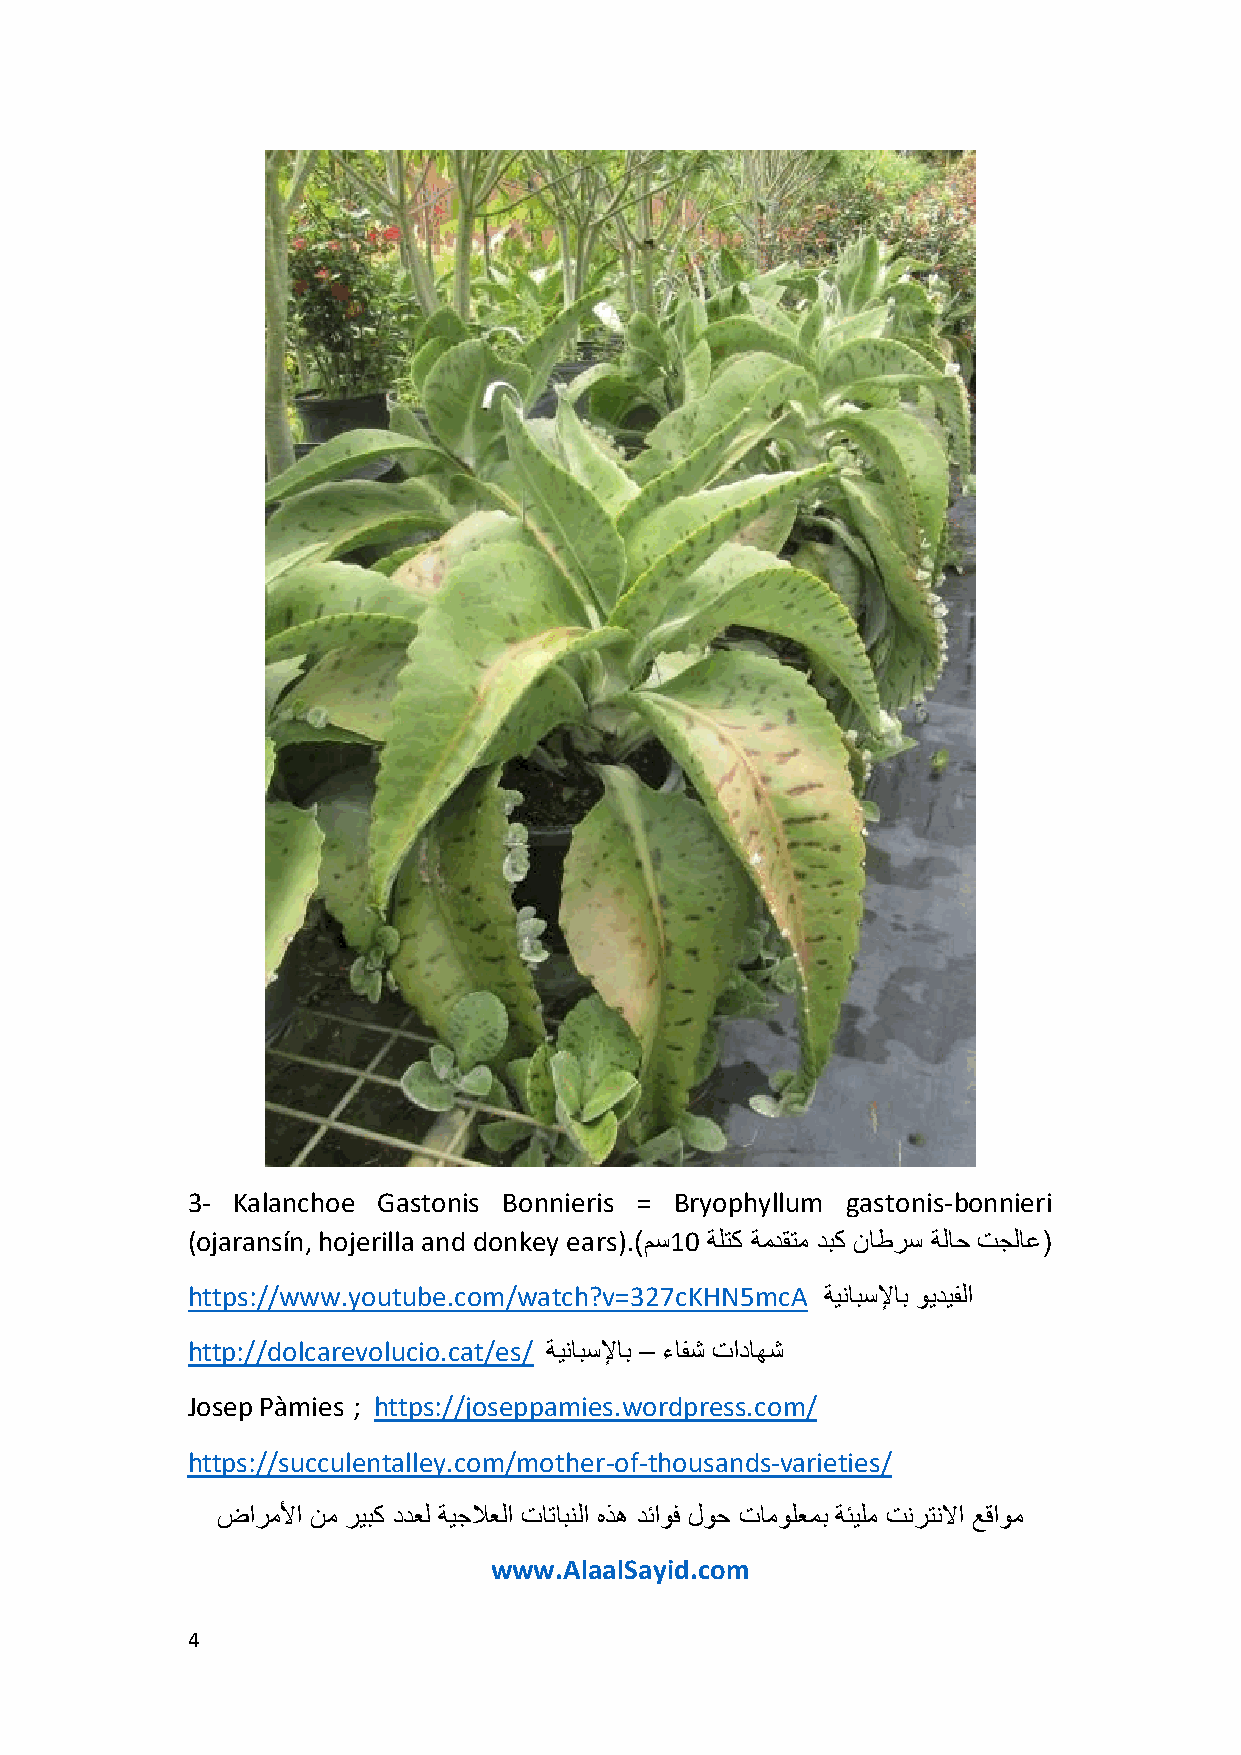
3- Kalanchoe Gastonis Bonnieris = Bryophyllum gastonis-bonnieri
 (ojaransín, hojerilla and donkey ears).(مﺳ10 ﺔﻠﺗﻛ ﺔﻣدﻘﺗﻣ دﺑﻛ نﺎطرﺳ ﺔﻟﺎﺣ تﺟﻟﺎﻋ)
 https://www.youtube.com/watch?v=327cKHN5mcA ﺔﯾﻧﺎﺑﺳﻹﺎﺑ وﯾدﯾﻔﻟا
 http://dolcarevolucio.cat/es/ ﺔﯾﻧﺎﺑﺳﻹﺎﺑ – ءﺎﻔﺷ تادﺎﮭﺷ
 Josep Pàmies ; https://joseppamies.wordpress.com/
 https://succulentalley.com/mother-of-thousands-varieties/
 ضارﻣﻷا نﻣ رﯾﺑﻛ ددﻌﻟ ﺔﯾﺟﻼﻌﻟا تﺎﺗﺎﺑﻧﻟا هذھ دﺋاوﻓ لوﺣ تﺎﻣوﻠﻌﻣﺑ ﺔﺋﯾﻠﻣ تﻧرﺗﻧﻻا ﻊﻗاوﻣ
 www.AlaalSayid.com
 4